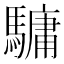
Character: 𩥻